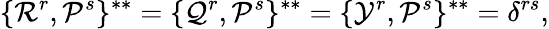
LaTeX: \{ {\cal R}^{r},{\cal P}^{s}\} ^{**}=\{ {\cal Q}^{r},{\cal P}^{s}\} ^{**}=\{ {\cal Y}^{r},{\cal P}^{s}\} ^{**}=\delta^{rs},